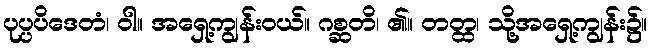
ပုပ္ပပိဒေတံ၊ ဝါ။ အရှေ့ကျွန်းဝယ်။ ဂစ္ဆတိ၊ ၏။ တတ္ထ၊ သို့အရှေ့ကျွန်း၌။